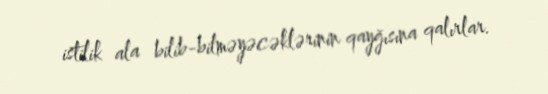
istilik ala bilib-bilməyəcəklərinin qayğısına qalırlar.